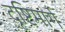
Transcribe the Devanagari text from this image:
दृष्टिमार्ग